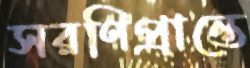
সরণিপ্রান্তে